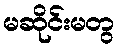
မဆိုင်းမတွ